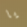
يا